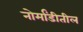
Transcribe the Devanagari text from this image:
नोर्मांडीतील